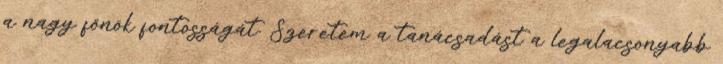
a nagy főnök fontosságát. Szeretem a tanácsadást a legalacsonyabb